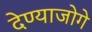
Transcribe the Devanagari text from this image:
देण्याजोगे